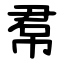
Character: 帬